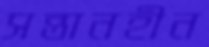
সন্তানহীন